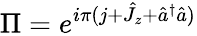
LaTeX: \Pi=e^{i\pi(j+\hat{J}_{z}+\hat{a}^{\dagger}\hat{a})}